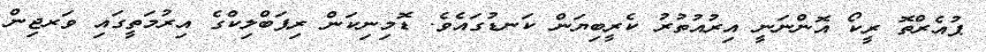
ޕުއެރްތޮ ރީކޯ އޮންނަނީ އިރުއުތުރު ކެރީބިޔަން ކަނޑުގައެވެ. ޑޮމިނިކަން ރިޕަބްލިކްގެ އިރުމަތީގައި ވަރޖިން